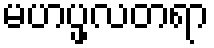
မဟပ္ဖလတရာ